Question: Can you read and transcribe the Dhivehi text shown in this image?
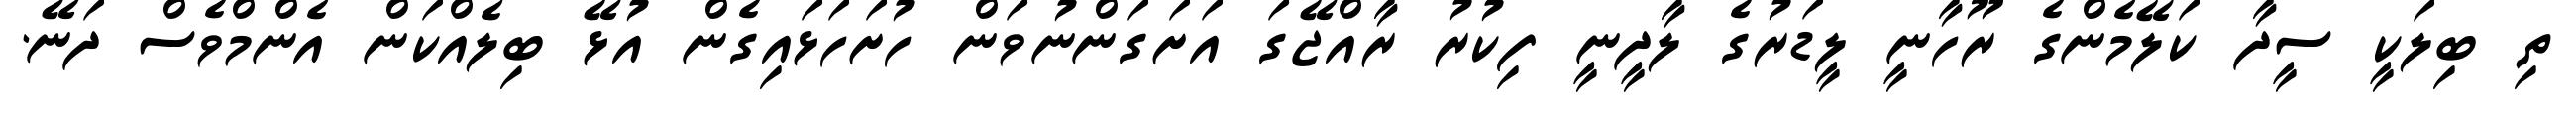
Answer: ތި ބިލަކީ ސީދާ ކަލޭމެންގެ ރޫހާނީ ލީޑަރުގެ ލާދީނީ ފިކުރު ރާއްޖޭގަ އަށަގަންނުވަން ހުށަހަޅައިގެން އުޅޭ ބިލެއްކަން އެންމްވެސް ދަނޭ.